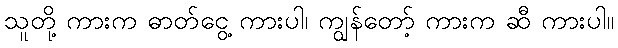
သူတို့ ကားက ဓာတ်ငွေ့ ကားပါ၊ ကျွန်တော့် ကားက ဆီ ကားပါ။